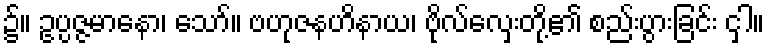
၌။ ဥပ္ပဇ္ဇမာနော၊ သော်။ ဗဟုဇနဟိနာယ၊ ဗိုလ်လှေးတို့၏ စည်းပွားခြင်း ငှါ။